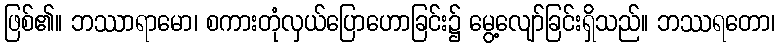
ဖြစ်၏။ ဘဿာရာမော၊ စကားတုံလှယ်ပြောဟောခြင်း၌ မွေ့လျော်ခြင်းရှိသည်။ ဘဿရတော၊